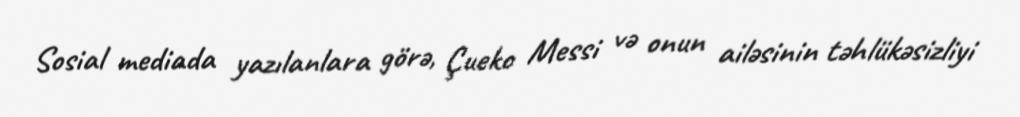
Sosial mediada yazılanlara görə, Çueko Messi və onun ailəsinin təhlükəsizliyi